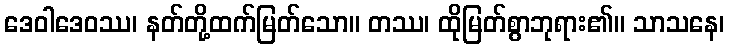
ဒေဝါဒေဝဿ၊ နတ်တို့ထက်မြတ်သော။ တဿ၊ ထိုမြတ်စွာဘုရား၏။ သာသနေ၊